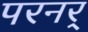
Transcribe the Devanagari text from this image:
परनर्